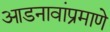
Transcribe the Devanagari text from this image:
आडनावांप्रमाणे